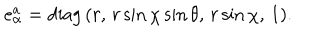
e _ { \alpha } ^ { a } = \mathrm { d i a g } \, ( r , \, r \sin \chi \sin \theta , \, r \sin \chi , \, 1 ) .